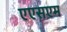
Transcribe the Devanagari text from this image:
एएसएम